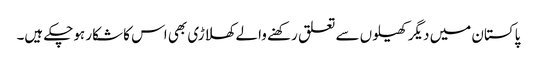
پاکستان میں دیگر کھیلوں سے تعلق رکھنے والے کھلاڑی بھی اس کا شکار ہوچکے ہیں۔